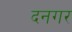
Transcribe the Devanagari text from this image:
दनगर